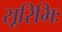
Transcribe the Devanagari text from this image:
सूरिभिः